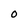
Character: O